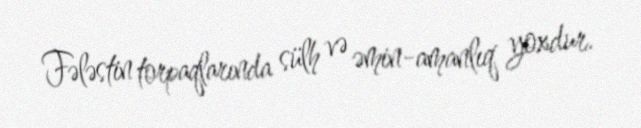
Fələstin torpaqlarında sülh və əmin-amanlıq yoxdur.